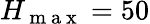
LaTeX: H_{\mathrm{~m~a~x~}}=50